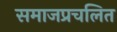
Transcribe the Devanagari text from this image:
समाजप्रचलित